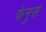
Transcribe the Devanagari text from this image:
फेनुस